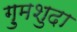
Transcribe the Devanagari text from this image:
ग़ुमशुदा